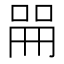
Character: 𫪡